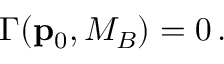
\Gamma ( { \bf p } _ { 0 } , M _ { B } ) = 0 \, .